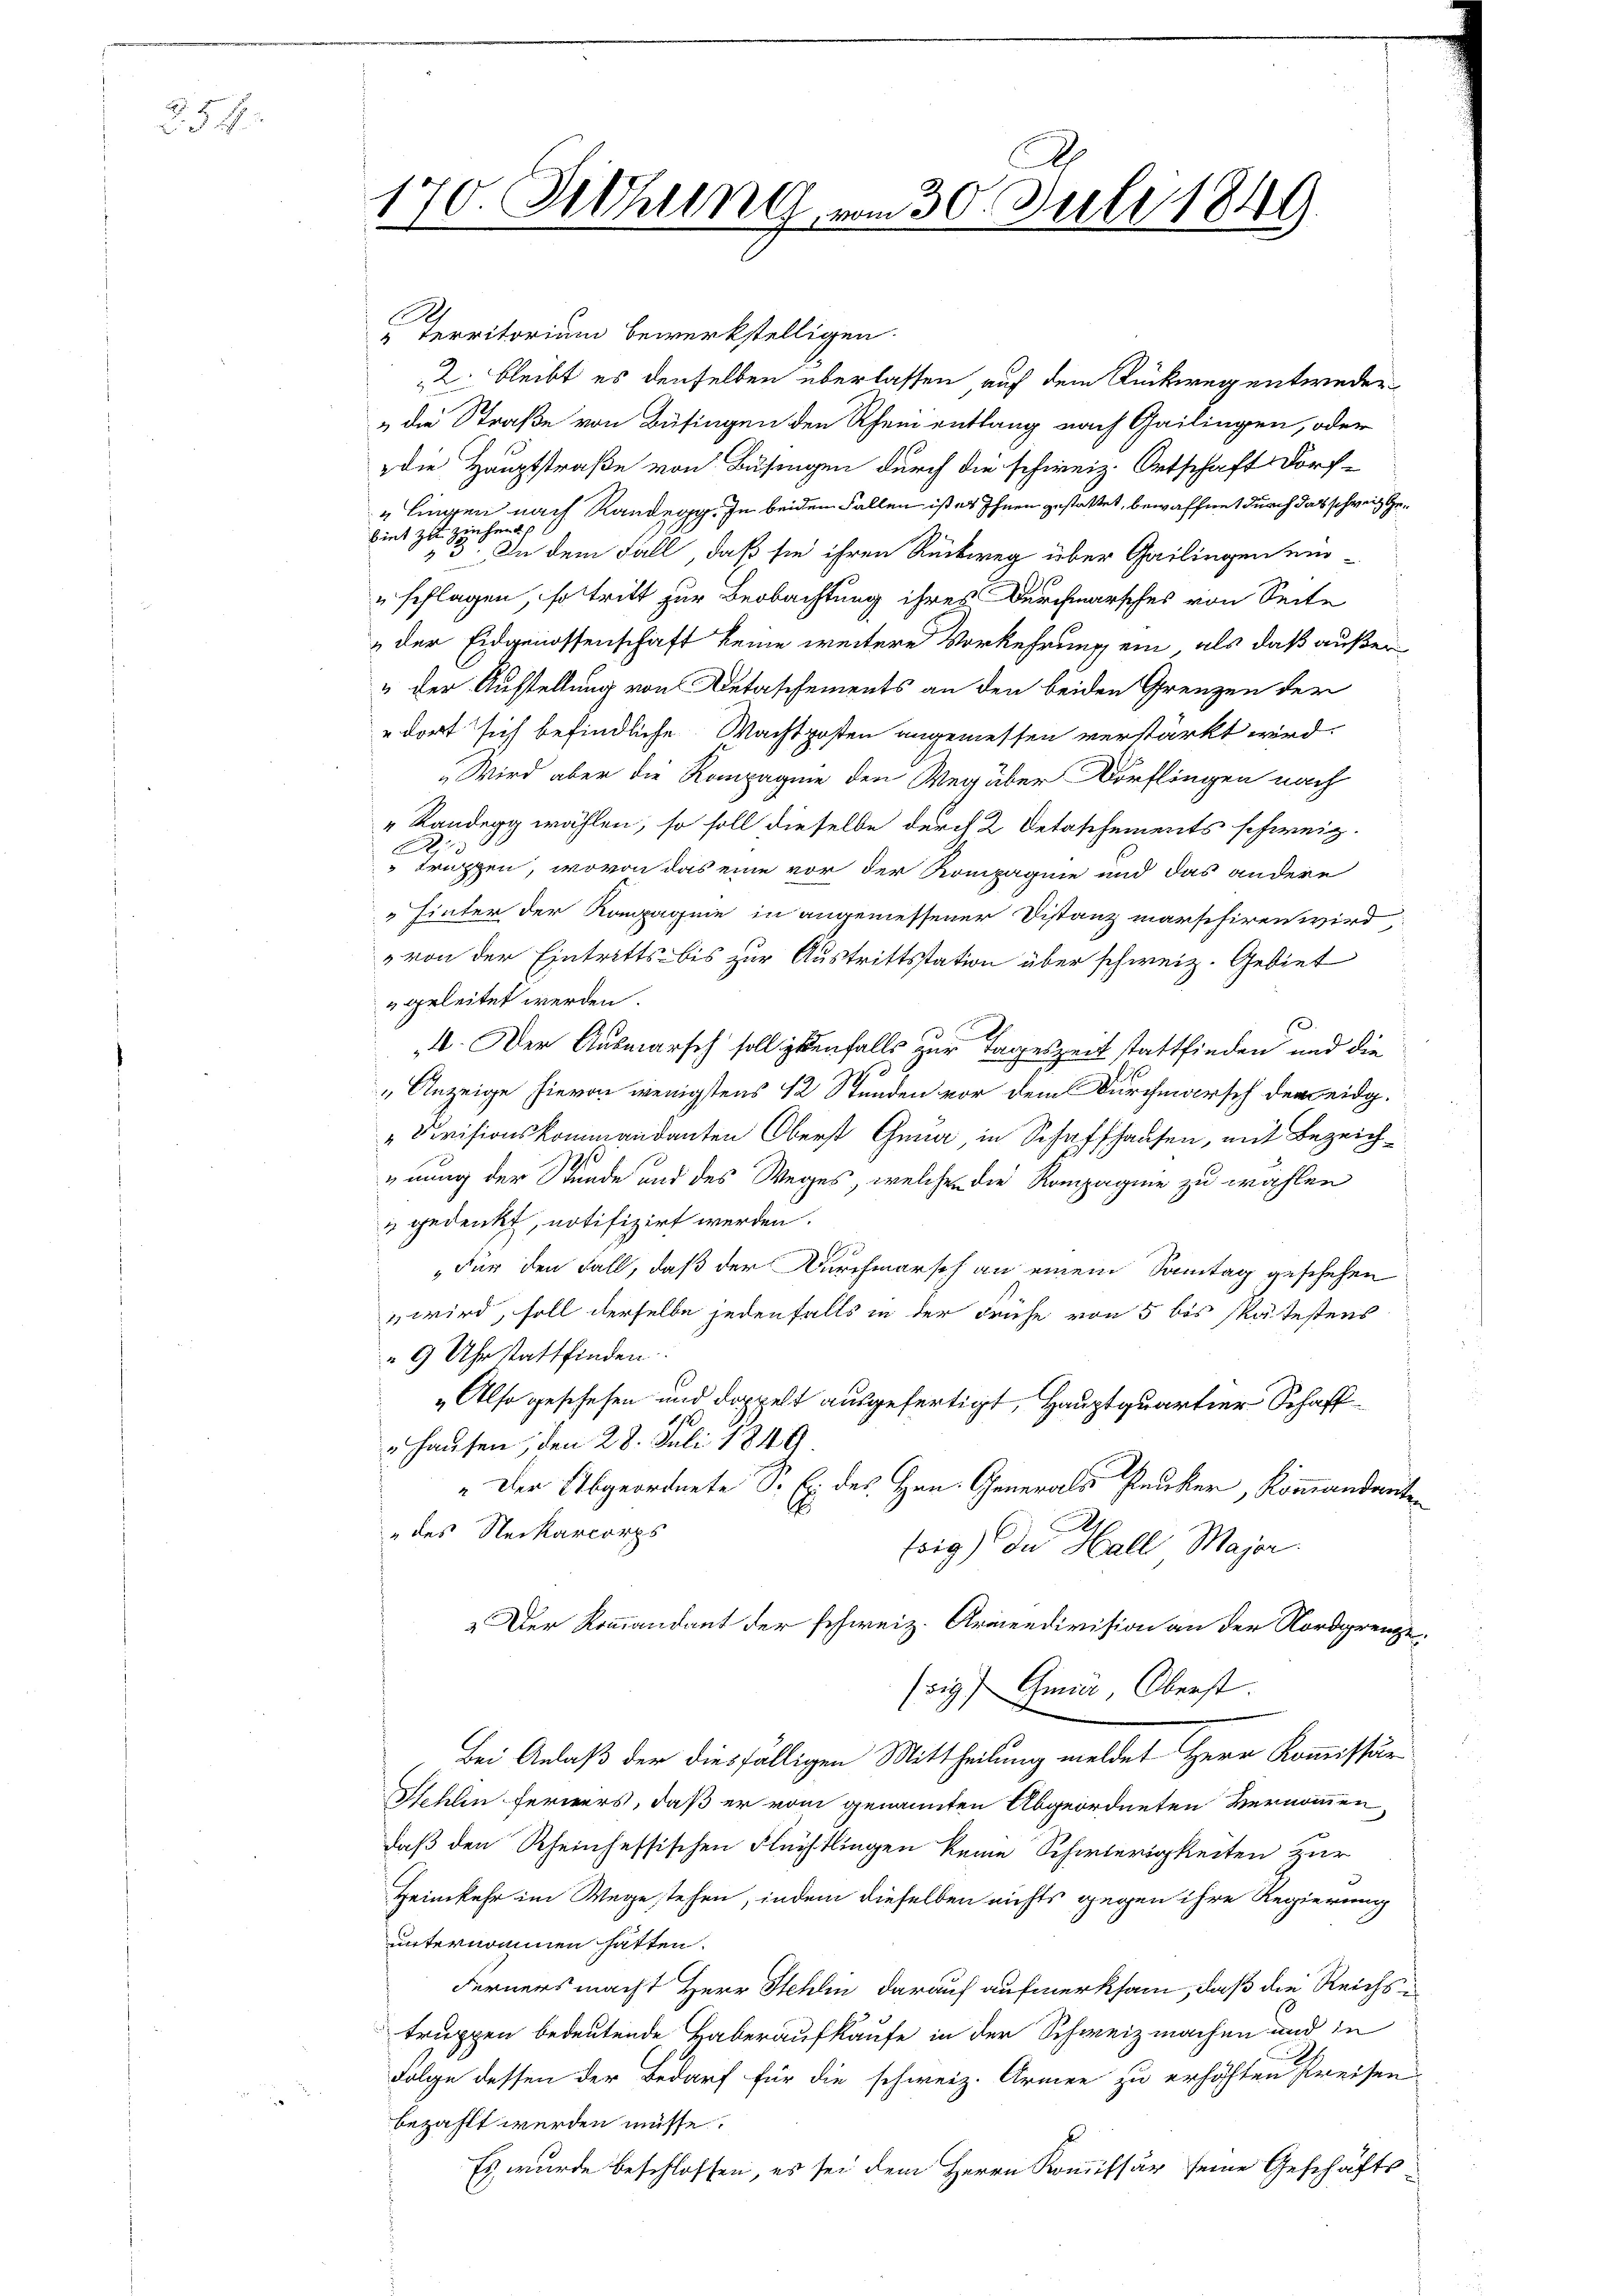
254.

170. Sehlin vom 30. Juli 1849
2

Territorium bewerkstelligen.
2. bleibt es denselben überlassen auf dem Rückweg entweder-
„die Straße von Büfingen den Rhein entlang nach Gailingen, oder
die Hauptstraße von Busingen durch die schweiz. Ortschaft Dorf-
" liegen nach Randegg. In beiden Fallen ist es Ihnen gestattet, bewaffnet durch das schweiz. Geuhen
int zu
In dem Fall, daß sie ihren Rückweg über Gailingen ein¬
"schlagen, so tritt zur Beobachtung ihres Durchmarsches von Seite
 der Eidgenossenschaft keine weitere Vorkehrung ein, als daß außer¬
“ der Aufstellung von Detaschements an den beiden Grenzen der
dort sich befindliche Wachtposten angemessen verstärkt wird.
„Wird aber die Kompagnie den Weg über Dörflingen nach
„Randegg wählen, so soll dieselbe durch 2 Detaschements schweig¬
A
truppen, wovon das eine vor der Rompagnie und das andere
 hinter der Kompagnie in angemessener Distanz marschiren wird
von der Eintritts bis zur Austrittsstation über schweiz. Gebiet
 geleitet werden.
.
A. Der Ausmarsch solligenfalls zur Tageszeit stattfinden und die
" Anzeige hievon wenigstens 12 Stunden vor dem Durchmarsch der eidg.
„Devisionskommandanten Oberst Gena in Schaffhausen, mit Bezeichgnung der Stunde und des Weges, welche die Kompagnie zu wählen
& gedenkt, notifizirt werden.
"Für den Fall, daß der Durchmarsch an einem Sontag geschehen
 wird, soll derselbe jedenfalls in der Frühe von 5 bis spätestens
9 Uhr stattfinden.
„Also geschehen und doppelt ausgefertigt, Hauptquartier Schaff¬
Hausen, den 28. Juli 1849.
„Der Abgeordnete S. Ex des Hrn. Generals Pruker, Kommandereiten
„des Neckarcorps
toig) In Hall Major.
Der Kommandant der schweiz. Armeedivision an der Nordgrenze.
ssig Gmür Oberst.
Bei Anlaß der diesfälligen Mittheilung meldet Herr Kommissär
Sfehlen ferners, daß er vom genannten Abgeordneten vernommen,
daß den Rheinsessischen Flüchtlingen keine Schwierigkeiten zur
Heimkehr im Wege stehen, indem dieselben nichts gegen ihre Regierung
unternommen hatten.
Ferners macht Herr Stehlin darauf aufmerksam, daß die Reichs
truppen bedeutende Haberaufkaufe in der Schweiz machen und in
Folge dessen der Bedarf für die schweiz. Armen zu erhöhten Preisen.
bezahlt werden müsse.
Es wurde beschlossen, es sei dem Herrn Kommissär seine Geschäfts